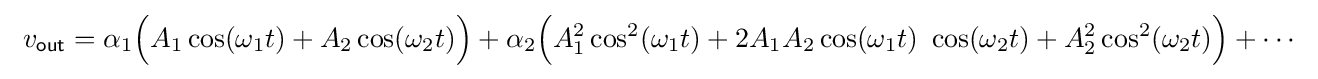
\ v_{\mathsf {out}}=\alpha _{1}{\Bigl (}A_{1}\cos(\omega _{1}t)+A_{2}\cos(\omega _{2}t){\Bigr )}+\alpha _{2}{\Bigl (}A_{1}^{2}\cos ^{2}(\omega _{1}t)+2A_{1}A_{2}\cos(\omega _{1}t)\ \cos(\omega _{2}t)+A_{2}^{2}\cos ^{2}(\omega _{2}t){\Bigr )}+\cdots \